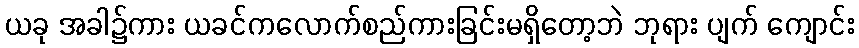
ယခု အခါ၌ကား ယခင်ကလောက်စည်ကားခြင်းမရှိတော့ဘဲ ဘုရား ပျက် ကျောင်း